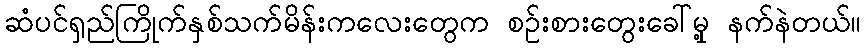
ဆံပင်ရှည်ကြိုက်နှစ်သက်မိန်းကလေးတွေက စဉ်းစားတွေးခေါ်မှု့ နက်နဲတယ်။